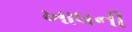
ખાધની